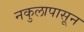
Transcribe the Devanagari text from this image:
नकुलापासून